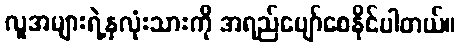
လူအများရဲ့နှလုံးသားကို အရည်ပျော်စေနိုင်ပါတယ်။